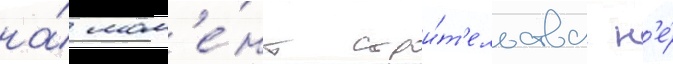
на́ мом'е́нт строи́т'ельства н'е́